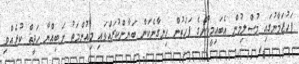
ފަހުޒަމާނުގައި މުސްލިމުން އެބައިމީހުންގެ ފަހަތުން ހިނގާނެކަން ބަޔާންކުރައްވައި މިއުންމަތު ނަބިއްޔާ ހަދީޘް ކުރެއްވި